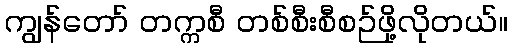
ကျွန်တော် တက္ကစီ တစ်စီးစီစဉ်ဖို့လိုတယ်။